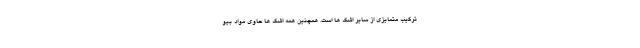
ترکیب متمایزی از سایر اشک ها است. همچنین همه اشک ها حاوی مواد بیو